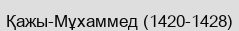
Қажы-Мұхаммед (1420-1428)